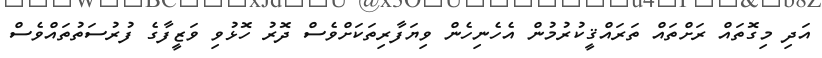
އަދި މިގޮތައް ރަށްތައް ތަރައްޤީކުރުމުން އެހެނިހެން ވިޔަފާރިތަކަށްވެސް ދޮރު ހޮޅުވި ވަޒީފާގެ ފުރުސަތުތައްވެސް